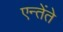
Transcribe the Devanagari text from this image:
एन्तेंते